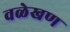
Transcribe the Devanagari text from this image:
वळेखण